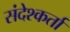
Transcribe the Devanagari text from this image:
संदेश्कर्ता